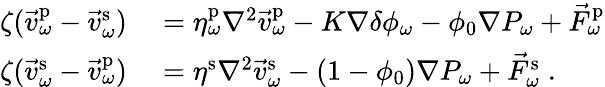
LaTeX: \begin{array}{rl}{\zeta(\vec{v}_{\omega}^{\mathrm{p}}-\vec{v}_{\omega}^{\mathrm{s}})}&{{}=\eta_{\omega}^{\mathrm{p}}\nabla^{2}\vec{v}_{\omega}^{\mathrm{p}}-K\nabla\delta\phi_{\omega}-\phi_{0}\nabla P_{\omega}+\vec{F}_{\omega}^{\mathrm{p}}}\\ {\zeta(\vec{v}_{\omega}^{\mathrm{s}}-\vec{v}_{\omega}^{\mathrm{p}})}&{{}=\eta^{\mathrm{s}}\nabla^{2}\vec{v}_{\omega}^{\mathrm{s}}-(1-\phi_{0})\nabla P_{\omega}+\vec{F}_{\omega}^{\mathrm{s}}\; .}\end{array}